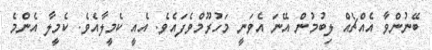
ބޭނުންވާ އެއްޗެއް ލިބުމުން އޭނަ އެވަނީ މަހުރޫމްވެފައެވެ. އެއީ ކެމީލާއެވެ. ކެމީލާ އެންމެ